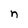
Character: n